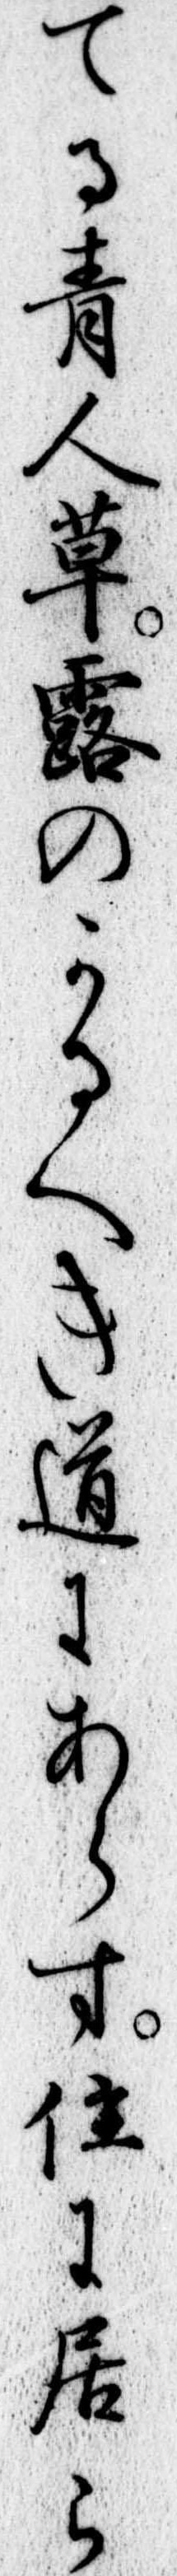
てる青人草露のかるへき道にあらす位に居ら